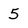
Character: 5